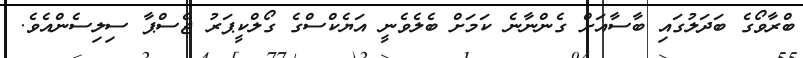
ބްރާވޯގެ ބަދަލުގައި ބާސާއަށް ގެންނާނެ ކަމަށް ބެލެވެނީ އަޔެކްސްގެ ގޯލްކީޕަރު ޖެސްޕާ ސިލިސެންއެވެ.